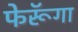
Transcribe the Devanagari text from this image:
फेरूॅगा